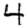
Digit: 4